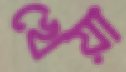
খেয়া